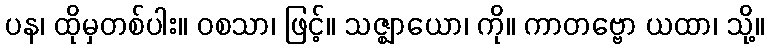
ပန၊ ထိုမှတစ်ပါး။ ဝစသာ၊ ဖြင့်။ သဇ္ဈာယော၊ ကို။ ကာတဗ္ဗော ယထာ၊ သို့။